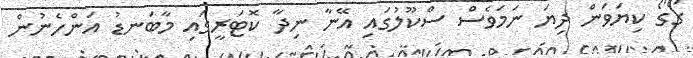
ގޯގޯ ކިޔަވަން ދިޔަ ނަމަވެސް ސްކޫލުގައި އޭނާ ނިދާ ކޮޓަރީގައި މާބަނޑު އަންހެނުން